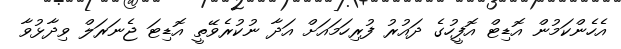
އެހެންކަމުން އޮޑިޓް އޮފީހުގެ ދައުރު ފުރިހަމައަށް އަދާ ނުކުރެވޭތީ އޮޑިޓަ ޖެނަރަލް ވިދާޅުވާ